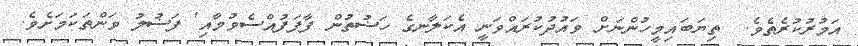
އަމުރުކުރެތެވެ.  ތިޔަބައިމީހުންނަށް ވައުދުކުރައްވަނީ އެކަލާނގެ ހަޟުތުން ފާފަފުއްސެވުމާއި' ފަޟުލު ވަންތަކަމަށެވެ.